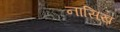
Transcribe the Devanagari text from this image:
नासिख़